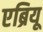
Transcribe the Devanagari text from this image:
एब्रियू